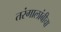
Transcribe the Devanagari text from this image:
तरंगालांबीचा